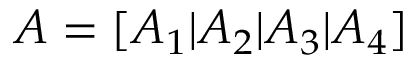
A = [ A _ { 1 } | A _ { 2 } | A _ { 3 } | A _ { 4 } ]